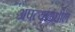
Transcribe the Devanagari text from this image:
अपत्यांमधील